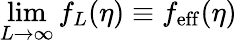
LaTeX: \operatorname*{lim}_{L\to\infty}f_{L}(\eta)\equiv f_{\mathrm{eff}}(\eta)